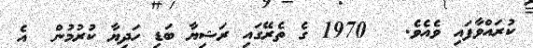
ކުރައްވާފައި ވެއެވެ.   1970 ގެ ތެރޭގައި ރަޝިޔާ ބަަޑި ހަދިޔާ ކުރުމުން  އެ